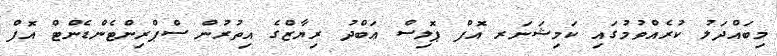
މިބައްދަލު ކުރެއްވުމުގައި ކަމިޝަނަރ އޮފް ޕޮލިސް ޢަބްދު ރިޔާޒްގެ އިތުރުން ސްޕްރިންޓެންޑެންޓް އޮފް